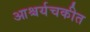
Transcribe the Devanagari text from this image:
आश्चर्यचकीत